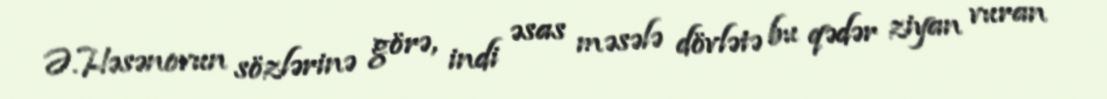
Ə.Həsənovun sözlərinə görə, indi əsas məsələ dövlətə bu qədər ziyan vuran